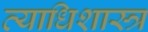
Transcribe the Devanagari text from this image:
व्याधिशास्त्र